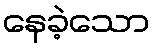
နေခဲ့သော